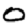
Digit: 0